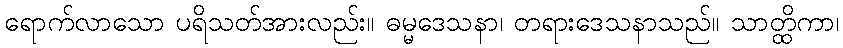
ရောက်လာသော ပရိသတ်အားလည်း။ ဓမ္မဒေသနာ၊ တရားဒေသနာသည်။ သာတ္ထိကာ၊